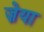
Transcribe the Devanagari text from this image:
ज़ेया